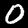
Digit: 0